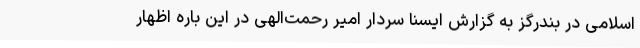
اسلامی در بندرگز به گزارش ایسنا سردار امیر رحمت‌الهی در این باره اظهار